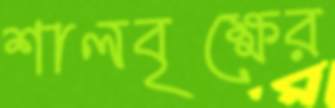
শালবৃক্ষের